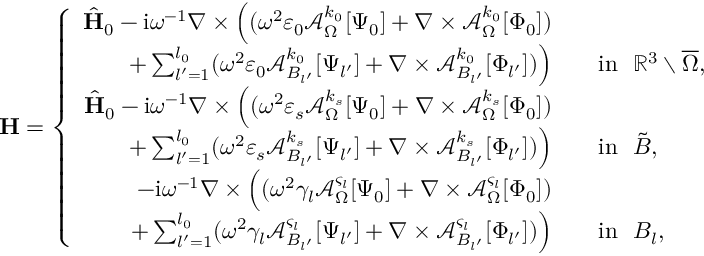
\mathbf { H } = \left\{ \begin{array} { r l } { \hat { \mathbf { H } } _ { 0 } - \mathrm { i } \omega ^ { - 1 } \nabla \times \Big ( ( \omega ^ { 2 } \varepsilon _ { 0 } \mathcal { A } _ { \Omega } ^ { k _ { 0 } } [ \Psi _ { 0 } ] + \nabla \times \mathcal { A } _ { \Omega } ^ { k _ { 0 } } [ \Phi _ { 0 } ] ) } & { } \\ { + \sum _ { l ^ { \prime } = 1 } ^ { l _ { 0 } } ( \omega ^ { 2 } \varepsilon _ { 0 } \mathcal { A } _ { B _ { l ^ { \prime } } } ^ { k _ { 0 } } [ \Psi _ { l ^ { \prime } } ] + \nabla \times \mathcal { A } _ { B _ { l ^ { \prime } } } ^ { k _ { 0 } } [ \Phi _ { l ^ { \prime } } ] ) \Big ) } & { \quad \mathrm { i n } \ \ \mathbb { R } ^ { 3 } \setminus \overline { \Omega } , } \\ { \hat { \mathbf { H } } _ { 0 } - \mathrm { i } \omega ^ { - 1 } \nabla \times \Big ( ( \omega ^ { 2 } \varepsilon _ { s } \mathcal { A } _ { \Omega } ^ { k _ { s } } [ \Psi _ { 0 } ] + \nabla \times \mathcal { A } _ { \Omega } ^ { k _ { s } } [ \Phi _ { 0 } ] ) } & { } \\ { + \sum _ { l ^ { \prime } = 1 } ^ { l _ { 0 } } ( \omega ^ { 2 } \varepsilon _ { s } \mathcal { A } _ { B _ { l ^ { \prime } } } ^ { k _ { s } } [ \Psi _ { l ^ { \prime } } ] + \nabla \times \mathcal { A } _ { B _ { l ^ { \prime } } } ^ { k _ { s } } [ \Phi _ { l ^ { \prime } } ] ) \Big ) } & { \quad \mathrm { i n } \ \ \tilde { B } , } \\ { - \mathrm { i } \omega ^ { - 1 } \nabla \times \Big ( ( \omega ^ { 2 } \gamma _ { l } \mathcal { A } _ { \Omega } ^ { \varsigma _ { l } } [ \Psi _ { 0 } ] + \nabla \times \mathcal { A } _ { \Omega } ^ { \varsigma _ { l } } [ \Phi _ { 0 } ] ) } & { } \\ { + \sum _ { l ^ { \prime } = 1 } ^ { l _ { 0 } } ( \omega ^ { 2 } \gamma _ { l } \mathcal { A } _ { B _ { l ^ { \prime } } } ^ { \varsigma _ { l } } [ \Psi _ { l ^ { \prime } } ] + \nabla \times \mathcal { A } _ { B _ { l ^ { \prime } } } ^ { \varsigma _ { l } } [ \Phi _ { l ^ { \prime } } ] ) \Big ) } & { \quad \mathrm { i n } \ \ B _ { l } , } \end{array} \right.